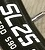
SL25